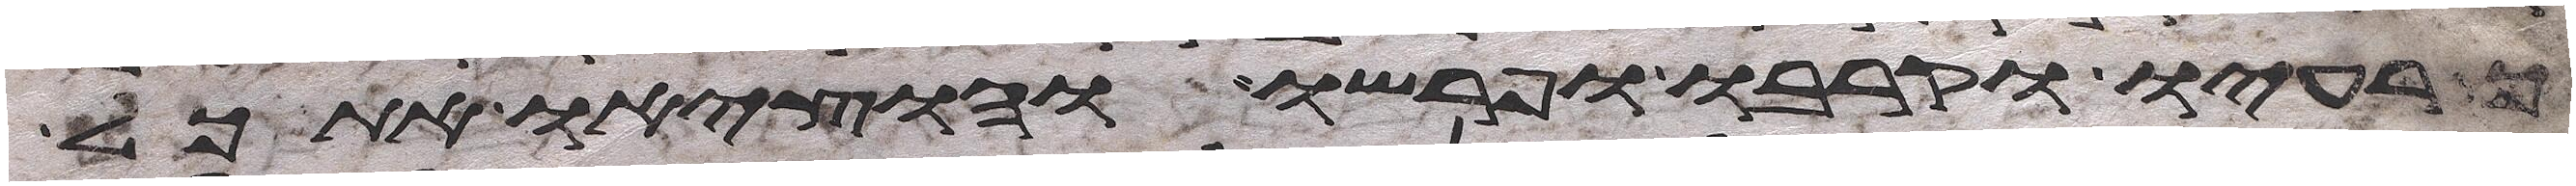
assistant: כרעיו וקרבו ופרשו והוציאו את כל